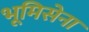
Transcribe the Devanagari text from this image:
भूमिसेना